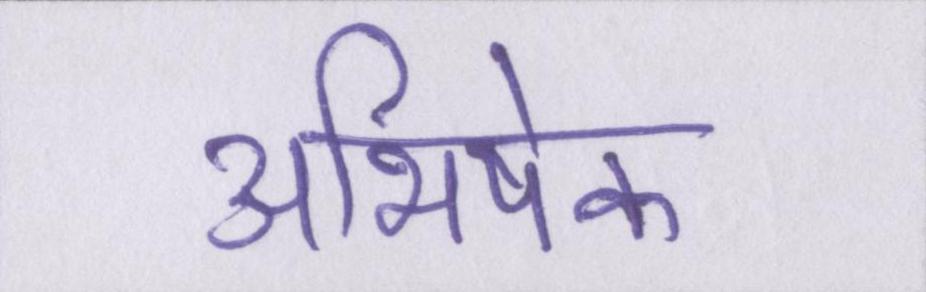
अभिषेक